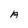
Character: A